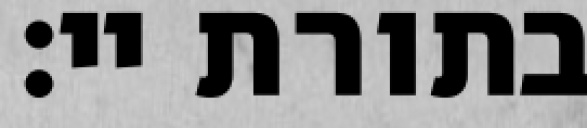
בתורת יי: